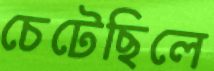
চেটেছিলে